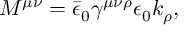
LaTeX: M ^ { \mu \nu } = \bar { \epsilon } _ { 0 } \gamma ^ { \mu \nu \rho } \epsilon _ { 0 } k _ { \rho } ,